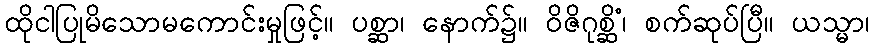
ထိုငါပြုမိသောမကောင်းမှုဖြင့်။ ပစ္ဆာ၊ နောက်၌။ ဝိဇိဂုစ္ဆိံ၊ စက်ဆုပ်ပြီ။ ယသ္မာ၊